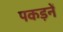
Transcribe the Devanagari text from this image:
पकड़नें